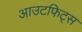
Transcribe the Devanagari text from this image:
आउटफिट्स